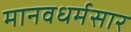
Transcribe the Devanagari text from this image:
मानवधर्मसार